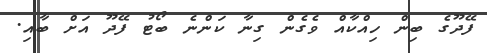
ފޭދޫގެ ބިން ހިއްކާއް ވެގެން ގިނާ ކަންނެ ބޯޓު ފޭދޫ އަށް ބާއި.